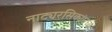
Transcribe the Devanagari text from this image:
नाट्यरसिकांमध्ये